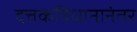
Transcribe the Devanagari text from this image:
दत्तकविधानानंतर